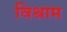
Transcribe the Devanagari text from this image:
विश्राम